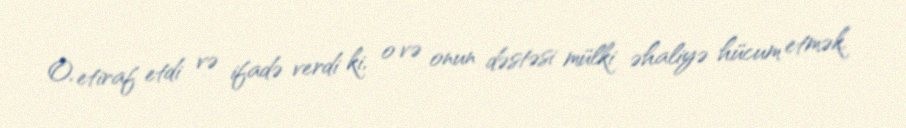
O, etiraf etdi və ifadə verdi ki, o və onun dəstəsi mülki əhaliyə hücum etmək,